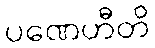
ပဏေဟီတိ